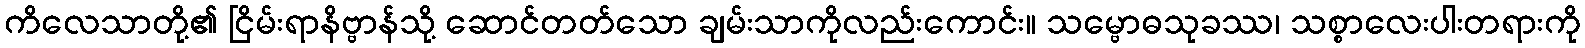
ကိလေသာတို့၏ ငြိမ်းရာနိဗ္ဗာန်သို့ ဆောင်တတ်သော ချမ်းသာကိုလည်းကောင်း။ သမ္ဗောဓသုခဿ၊ သစ္စာလေးပါးတရားကို